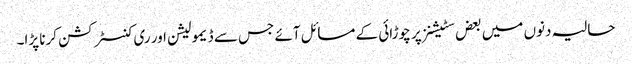
حالیہ دنوں میں بعض سٹیشنز پر چوڑائی کے مسائل آئے جس سے ڈیمولیشن اور ری کنسٹرکشن کرنا پڑا۔